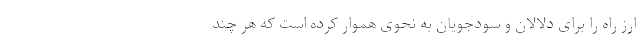
ارز راه را برای دلالان و سودجویان به نحوی هموار کرده است که هر چند